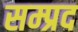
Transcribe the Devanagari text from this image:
सम्प्रद